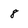
Character: 8